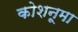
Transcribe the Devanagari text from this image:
कोशनूमा